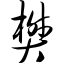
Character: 樊